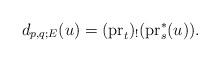
LaTeX: \begin{align*}d_{p,q;E}(u) = ({\rm pr}_t)_!({\rm pr}_s^*(u)).\end{align*}